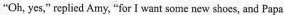
"Oh, yes," replied Amy, "for I want some new shoes, and Papa